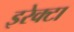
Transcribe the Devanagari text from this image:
इरेक्टा